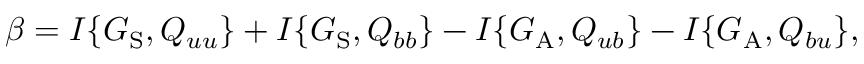
\beta = I \{ { G _ { \mathrm { { S } } } , Q _ { u u } } \} + I \{ { G _ { \mathrm { { S } } } , Q _ { b b } } \} - I \{ { G _ { \mathrm { { A } } } , Q _ { u b } } \} - I \{ { G _ { \mathrm { { A } } } , Q _ { b u } } \} ,